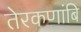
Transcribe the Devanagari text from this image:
तेरकणांबि